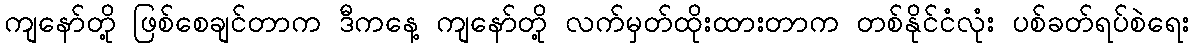
ကျနော်တို့ ဖြစ်စေချင်တာက ဒီကနေ့ ကျနော်တို့ လက်မှတ်ထိုးထားတာက တစ်နိုင်ငံလုံး ပစ်ခတ်ရပ်စဲရေး